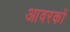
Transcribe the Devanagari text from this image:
आवरकों